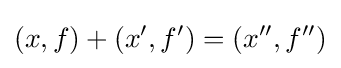
(x,f)+(x',f')=(x'',f'')